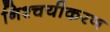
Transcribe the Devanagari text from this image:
निश्चयीकरण